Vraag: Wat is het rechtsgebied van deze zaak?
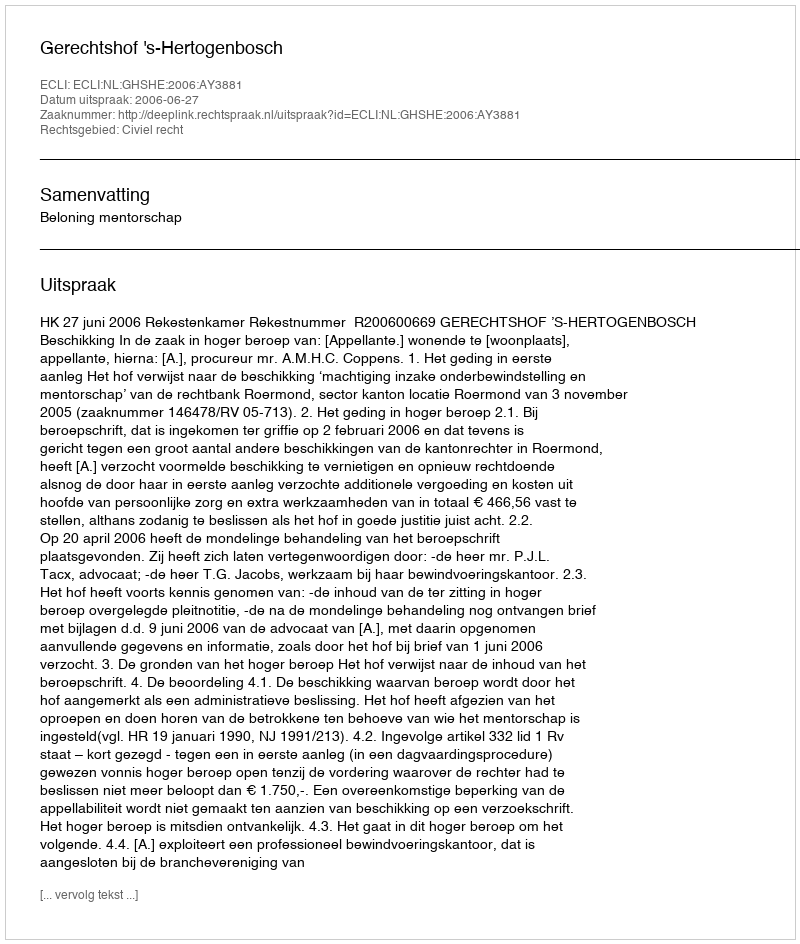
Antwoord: Civiel recht